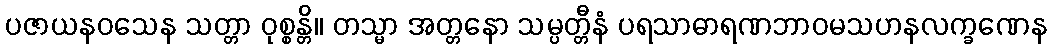
ပဇာယနဝသေန သတ္တာ ဝုစ္စန္တိ။ တသ္မာ အတ္တနော သမ္ပတ္တီနံ ပရသာဓာရဏဘာဝမသဟနလက္ခဏေန